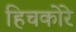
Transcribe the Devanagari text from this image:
हिचकोरे